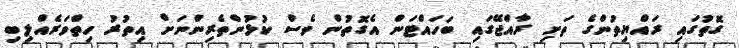
ގޮތުގައި ރައްޔިތުންގެ ތަށި ރާއްޖޭގައި ބަހައްޓަން އެގޮތުން ވެސް ކުޅުންތެރިންނަށް އިތުރު ހިތްވަރެއްލިބި